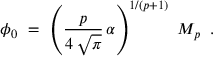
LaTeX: \phi _ { 0 } \ = \ \left( \frac { p } { 4 \, \sqrt { \pi } } \, \alpha \right) ^ { 1 / ( p + 1 ) } \ M _ { p } \; \; .